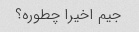
جیم اخیرا چطوره؟